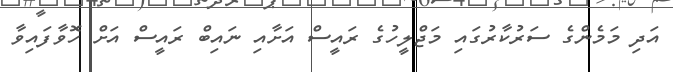
އަދި މަމެންގެ ސަރުކާރުގައި މަޖްލީހުގެ ރައީސް އަށާއި ނައިބް ރައީސް އަށް ހޮވާފައިވާ